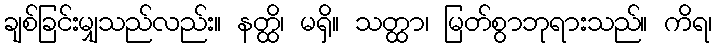
ချစ်ခြင်းမျှသည်လည်း။ နတ္ထိ၊ မရှိ။ သတ္ထာ၊ မြတ်စွာဘုရားသည်။ ကိရ၊